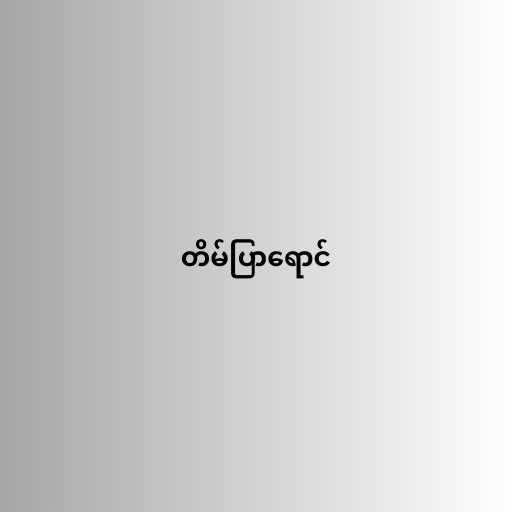
တိမ်ပြာရောင်